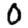
Digit: 0